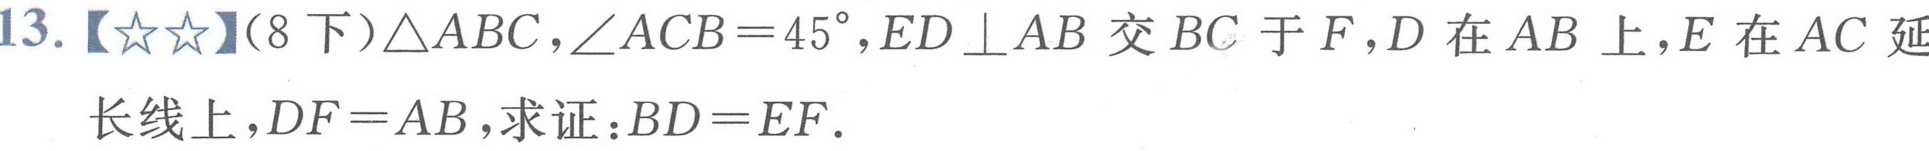
13.【★★】(8下)$\triangle ABC$，$\angle ACB = 45^{\circ}$，$ED\perp AB$交$BC$于$F$，$D$在$AB$上，$E$在$AC$延长线上，$DF = AB$，求证：$BD = EF$.